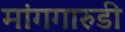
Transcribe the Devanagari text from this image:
मांगगारुडी